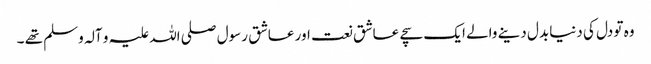
وہ تو دل کی دنیا بدل دینے والے ایک سچے عاشق نعت اور عاشق رسول صلی اللہ علیہ و آلہ وسلم تھے ۔